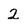
Character: 2